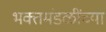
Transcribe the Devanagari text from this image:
भक्तमंडळींच्या